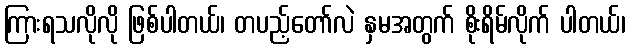
ကြားရသလိုလို ဖြစ်ပါတယ်၊ တပည့်တော်လဲ နှမအတွက် စိုးရိမ်လိုက် ပါတယ်၊